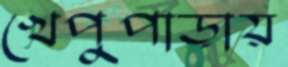
খেপুপাড়ায়